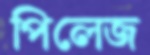
পিলেজ